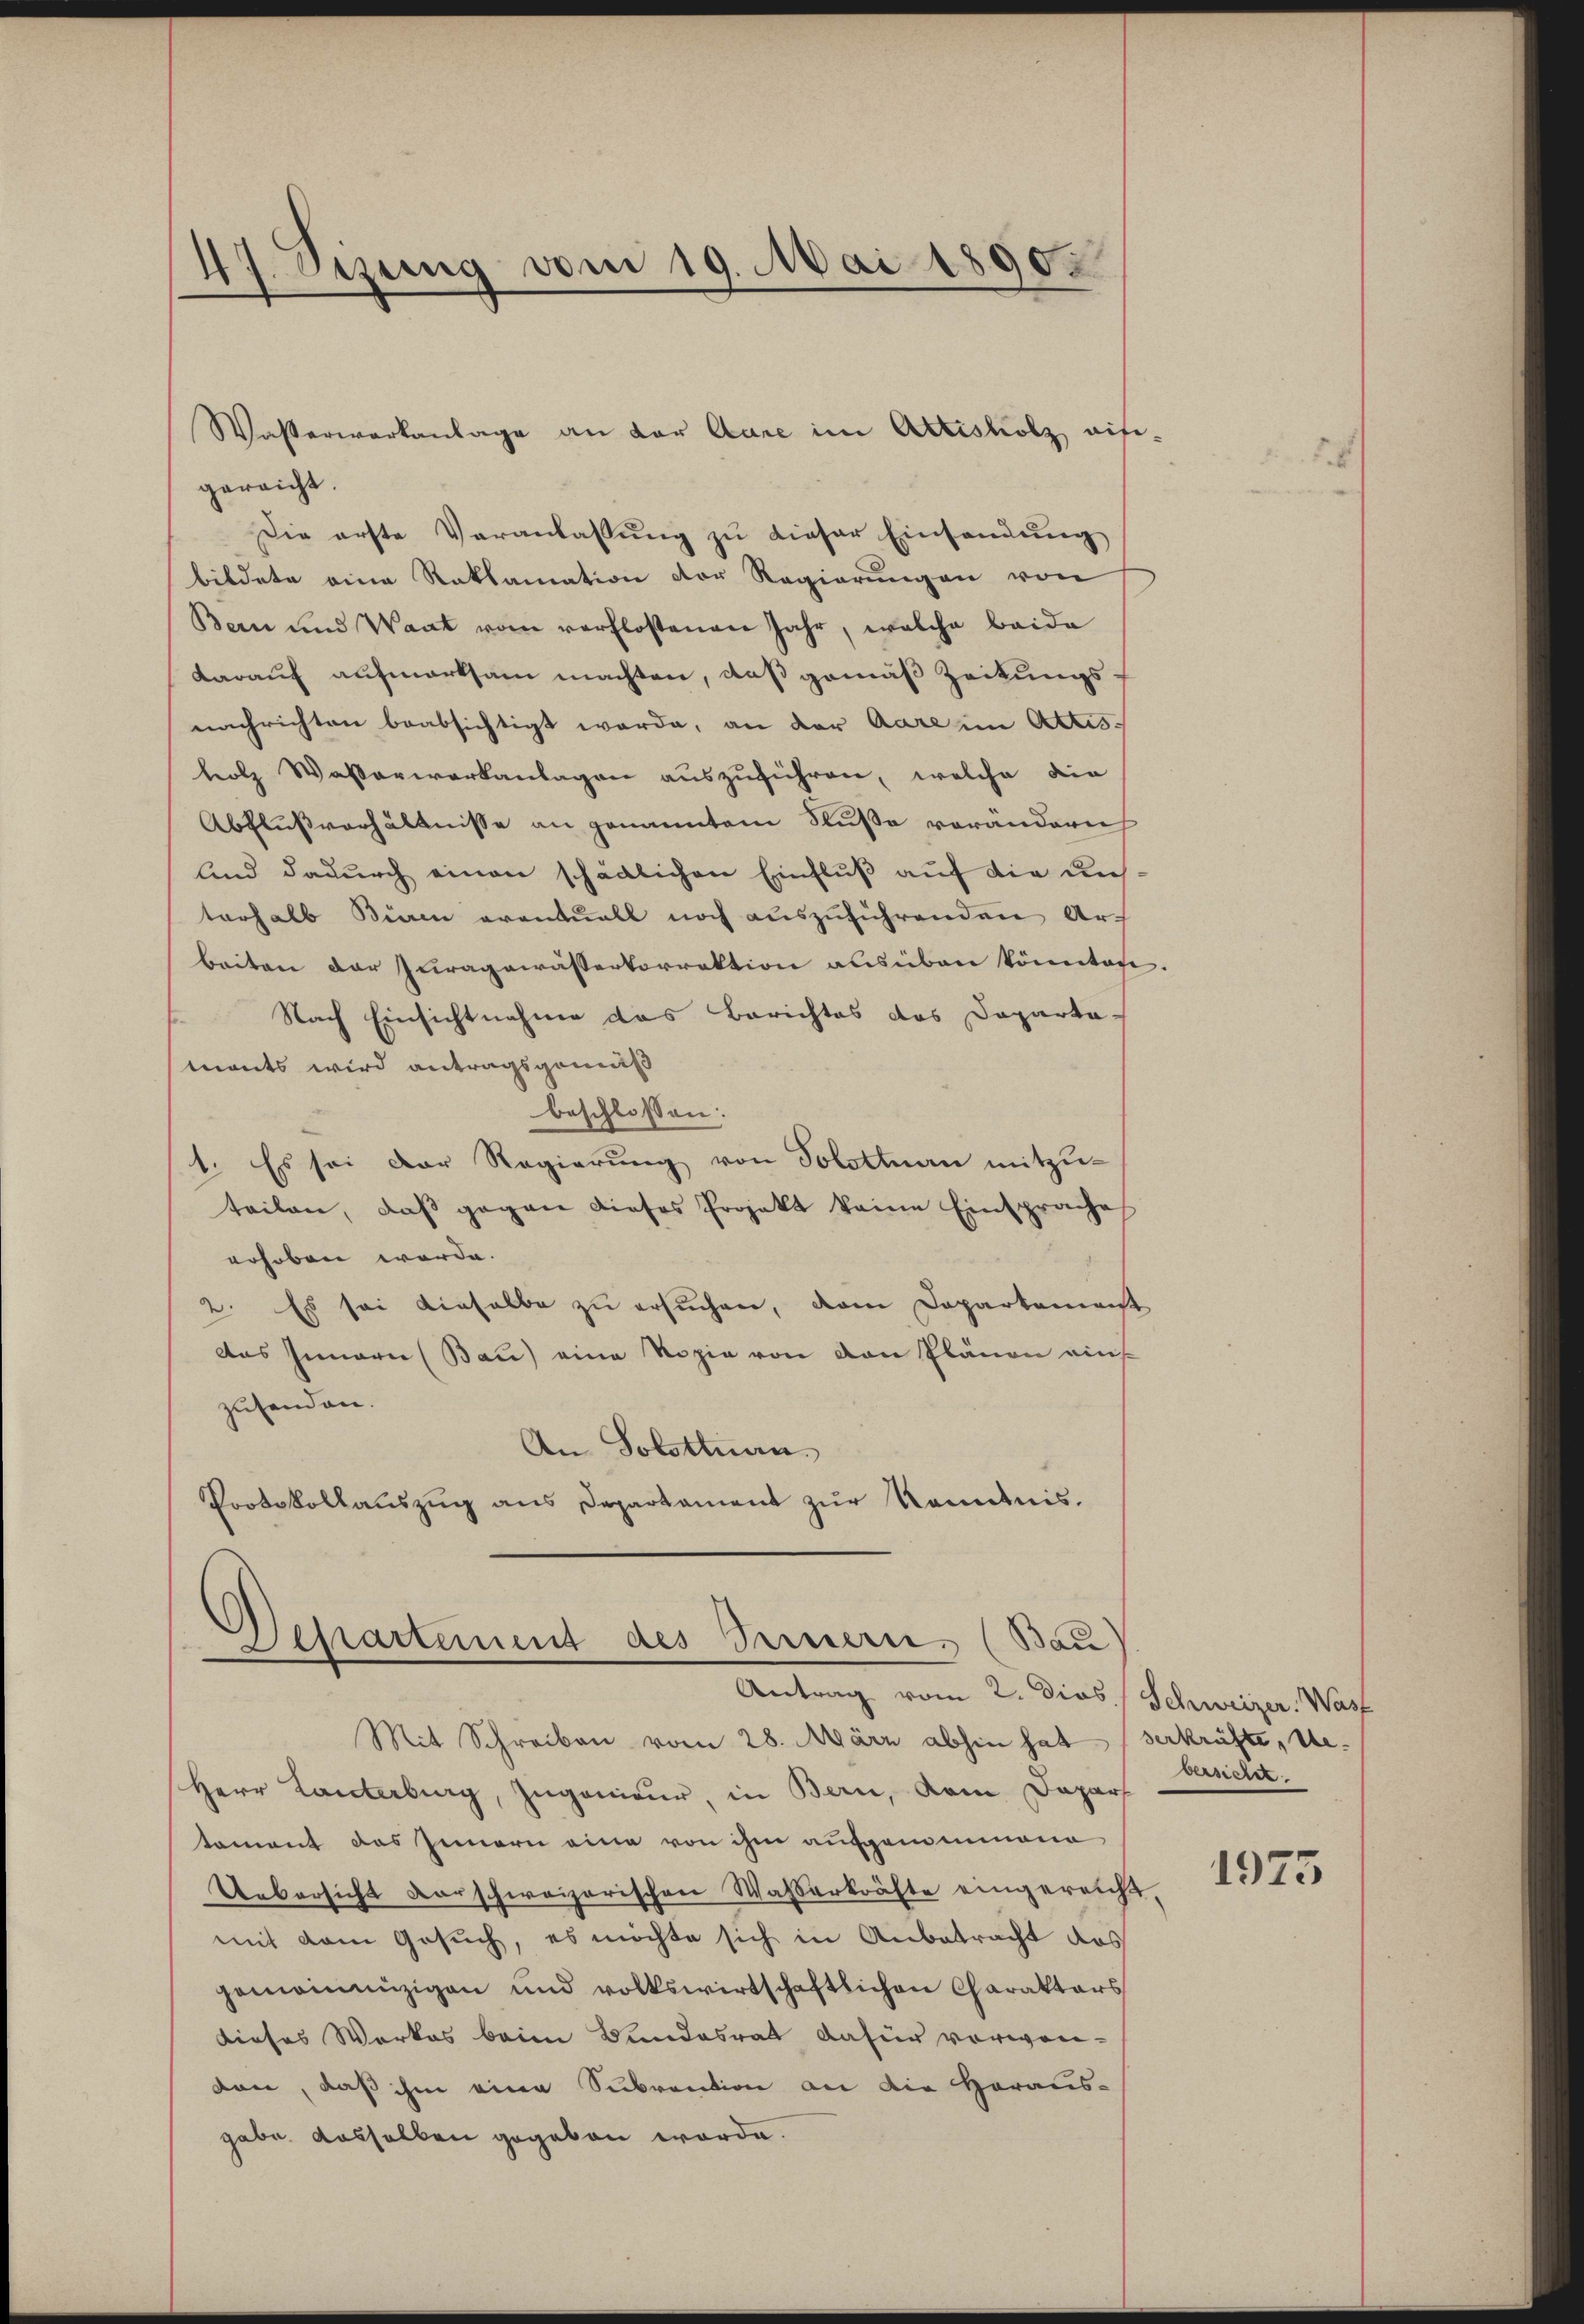
47. Sizung vom 19. Mai 1890.

Wasserwerkanlage an der Aare im Altisholz aifi-
gereicht.
Die erste Veranlassung zu dieser Einsendung
bildete eine Reklamation der Regierungen von
Bern und Waat vom verflossenen Jahr, welche beide
darauf aufmerksam machten, daß gemäß Zeitungsnachrichten beabsichtigt werde, an der Aare im Attes.
holz Wasserwerkanlagen auszuführen, welche die
Abflußverhältnisse an genanntem Fluße verändern
und dadurch einen schädlichen Einfluß auf die unsterhalb Bieren eventuell noch auszuführenden Arbeiten der Zuragewässerkorrektion ausüben könnten.
 Nach Einsichtnahme das Berichtes das Departa-
mants wird antragsgemäß
beschlossen:
1. Es sei der Regierung von Solottnau mitzuteilen, daβ gegen dieses Projekt keine Einsprache
erhoben werde.
2. Es sei dieselbe zu ersuchen, dem Departement
das Innern (Bau) eine Kopie von den Plänen ains
zusenden.
An Solottuan
Protokollauszug aus Departament zur Kenntnis.

Separtement des Pariserie. (Bau
Antrag vom 2. dios / Schweizer. Wast

Mit Schreiben vom 28. März abhin hat verkräfte, Ue¬
Herr Lanterburg, Zugenieur, in Bern, dem Daparf
tament das Innern eine von ihm aufgenommene
Uebersicht darschweizerischen Wasserkräfte eingereicht,
mit dem Gesuch, es möchte sich in Anbetracht das
gemeinnüzigen und volkswirtschaftlichen Charaktars
dieses Werkes beim Bundesrat dafür vorworden, daß ihm eine Subvention an die Heraus-
gabe dasselben gegeben werde.

bersichet.

1975